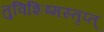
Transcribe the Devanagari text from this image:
तुविशिष्मस्तृप्त्